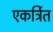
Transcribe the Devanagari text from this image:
एकर्त्रित